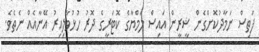
ފަތިސް ނަމާދުކޮށްގެން ޝީރީން އައިސް ލަމްޔާގެ ކޮޓަރީގެ ދޮރު ހުޅުވާލިއިރު އޭނާއެއް ނެތެވެ.